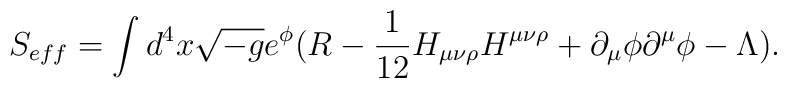
S_{eff}=\int d^4x\sqrt{-g}e^{\phi}(R-\frac{1}{12}H_{\mu\nu\rho}H^{\mu\nu\rho}+\partial_{\mu}\phi\partial^{\mu}\phi-\Lambda).